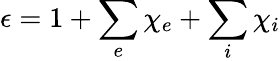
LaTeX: \epsilon=1+\sum_{e}\chi_{e}+\sum_{i}\chi_{i}